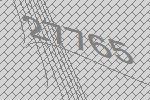
27765